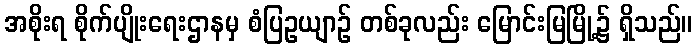
အစိုးရ စိုက်ပျိုးရေးဌာနမှ စံပြဥယျာဉ် တစ်ခုလည်း မြောင်းမြမြို့၌ ရှိသည်။